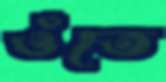
ওঁতে